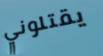
يقتلوني